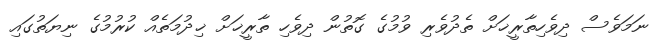
ނަމަވެސް ދިވެހިތާރީޚަށް ތެދުވެރި ވުމުގެ ގޮތުން ދިވެހި ތާރީޚަށް ޚިދުމަތެއް ކުރުމުގެ ނިޔަތުގައި